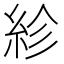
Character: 紾